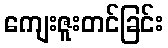
ကျေးဇူးတင်ခြင်း